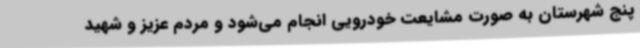
پنج شهرستان به صورت مشایعت خودرویی انجام می‌شود و مردم عزیز و شهید